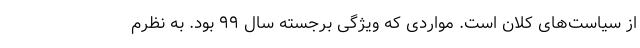
از سیاست‌های کلان است. مواردی که ویژگی برجسته سال ۹۹ بود. به نظرم